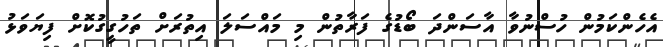
އެހެންކަމުން ހުސްނުވާ އާސަންދަ ބޯޑުގެ ފަރާތުން މި މައްސަލަ އިތުރަށް ތަހުގީގުކޮށް ފިޔަވަޅު